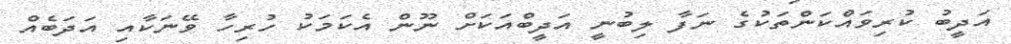
އަދީބު ކުރިވައްކަންތަކުގެ ނަފާ ލިބުނީ އަދީބްއަކަށް ނޫން އެކަމަކު ހުރިހާ ވޭނަކާއި އަދަބެއް